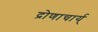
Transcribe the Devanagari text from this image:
द्रोणाचार्य्